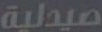
صيدلية